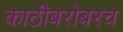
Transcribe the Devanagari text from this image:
काठीबरोबरच